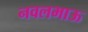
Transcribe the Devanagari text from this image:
नवलभाऊ